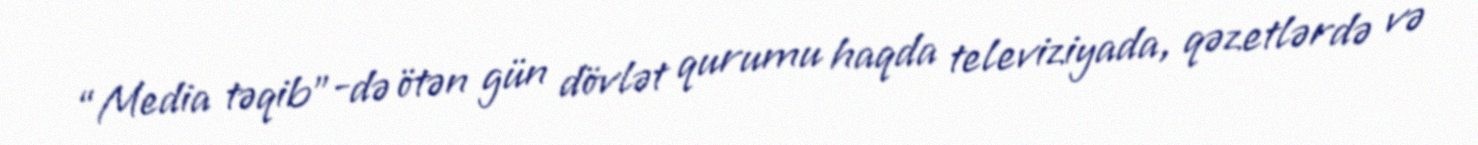
“Media təqib”-də ötən gün dövlət qurumu haqda televiziyada, qəzetlərdə və